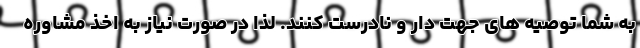
به شما توصیه های جهت دار و نادرست کنند. لذا در صورت نیاز به اخذ مشاوره